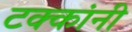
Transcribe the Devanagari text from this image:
टक्कांनी